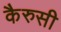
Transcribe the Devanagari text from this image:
कैरुसी